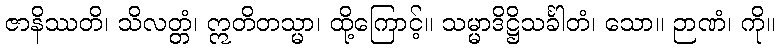
ဇာနိဿတိ၊ သိလတ္တံ၊ ဣတိတသ္မာ၊ ထို့ကြောင့်။ သမ္မာဒိဋ္ဌိသင်္ခါတံ၊ သော။ ဉာဏံ၊ ကို။